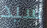
سيد